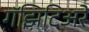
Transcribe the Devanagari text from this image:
गॅझिटिअरे